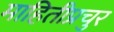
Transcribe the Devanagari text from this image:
माहितीप्रचुर